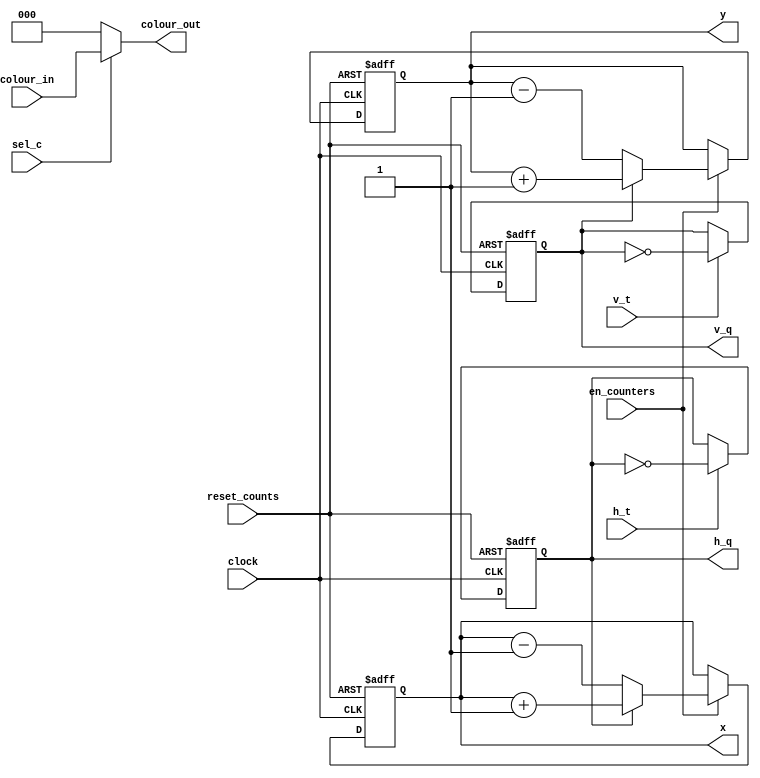
`timescale 1ns / 1ns // `timescale time_unit/time_precision
       
/* Datapath that changes the top-left coordinate of the ball
 * and sends the coordinate to the ball_display */
module ball_movement(
					reset_counts, 
					en_counters, 
					clock, 
					colour_in, 
					sel_c, 
					h_t, 
					v_t, 
					h_q, 
					v_q, 
					x, 
					y, 
					colour_out
					); 

	input reset_counts; // resets the x, y, h and v counters
	input clock; 
	input sel_c; // selects a colour
	input h_t; // horizontal toggle
	input v_t; // vertical toggle
	input [2:0] colour_in; // colour of the ball
	input en_counters; // enables the X and Y counters
	
	output [2:0] colour_out; // colour to be used
     
	/* Top-left coordinate of the ball  */
	output reg [7:0] x; 	
	output reg [6:0] y; 
	
	// h and v directions
	output reg h_q, v_q;

	// h and v t-flip flips
	always @ (posedge clock, negedge reset_counts)
	begin
		if (!reset_counts)
		begin	
			h_q <= 1'b0;
			v_q <= 1'b0;
		end

		else 
		begin
			if(h_t == 1'b1)
				h_q <= ~h_q;
			if (v_t == 1'b1)
				v_q <= ~v_q;
		end
	end
				
		
	// X and Y counters
	always @ (posedge clock, negedge reset_counts)
	begin
		if (!reset_counts)
		begin
			x <= 8'd0;
			y <= 7'd34;
		end
		else if (en_counters)
		begin 
			if (h_q)
				x <= x + 1'b1;
			else if (!h_q) 
				x <= x - 1'b1;
			if (v_q)
				y <= y + 1'b1;
			else if (!v_q)
				y <= y - 1'b1;
		end
	end

	assign colour_out = sel_c ? colour_in : 3'd0;


endmodule